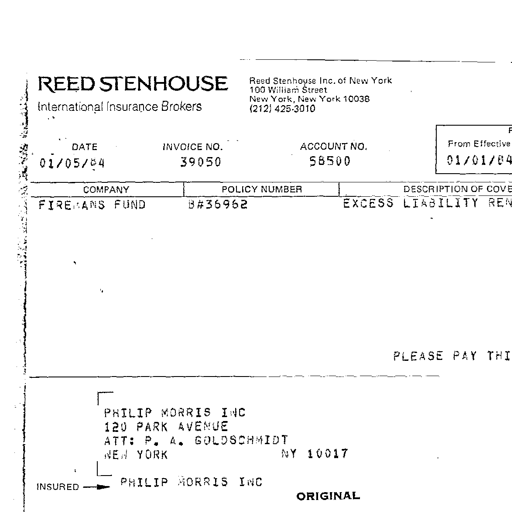
REED STENHOUSE
International Insurance Brokers
Reed Stenhouse Inc. of New York
100 William Street
New York, New York 10038
(212) 425-3010
DATE INVOICE NO. ACCOUNT NO. From Effective
01/05/84 39050 58500 01/01/84
COMPANY POLICY NUMBER DESCRIPTION OF COVE
FIREMANS FUND B#36962 EXCESS LIABILITY REN
PLEASE PAY THI
PHILIP MORRIS INC
120 PARK AVENUE
ATT: P. A. GOLDSCHMIDT
NEW YORK NY 10017
INSURED PHILIP MORRIS INC
ORIGINAL